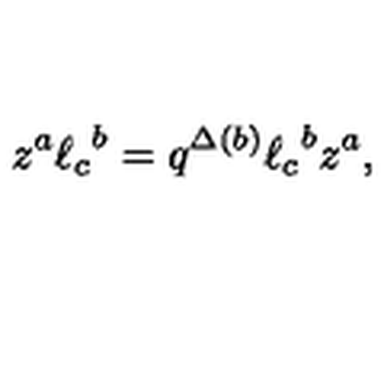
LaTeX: z ^ { a } { \ell _ { c } } ^ { b } = q ^ { \Delta ( b ) } { \ell _ { c } } ^ { b } z ^ { a } ,